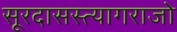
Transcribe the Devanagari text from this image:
सूरदासस्त्यागराजो